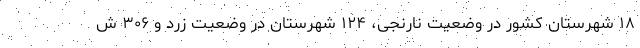
۱۸ شهرستان کشور در وضعیت نارنجی، ۱۲۴ شهرستان در وضعیت زرد و ۳۰۶ ش